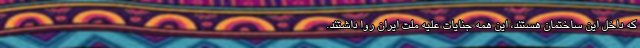
که داخل این ساختمان هستند، این همه جنایات علیه ملت ایران روا داشتند.